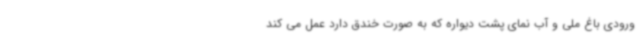
ورودی باغ ملی و آب نمای پشت دیواره که به صورت خندق دارد عمل می کند